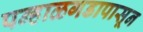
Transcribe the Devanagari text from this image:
पन्हाळगडापासून